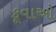
કૂવાઓ